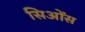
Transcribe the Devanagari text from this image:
सिओंस